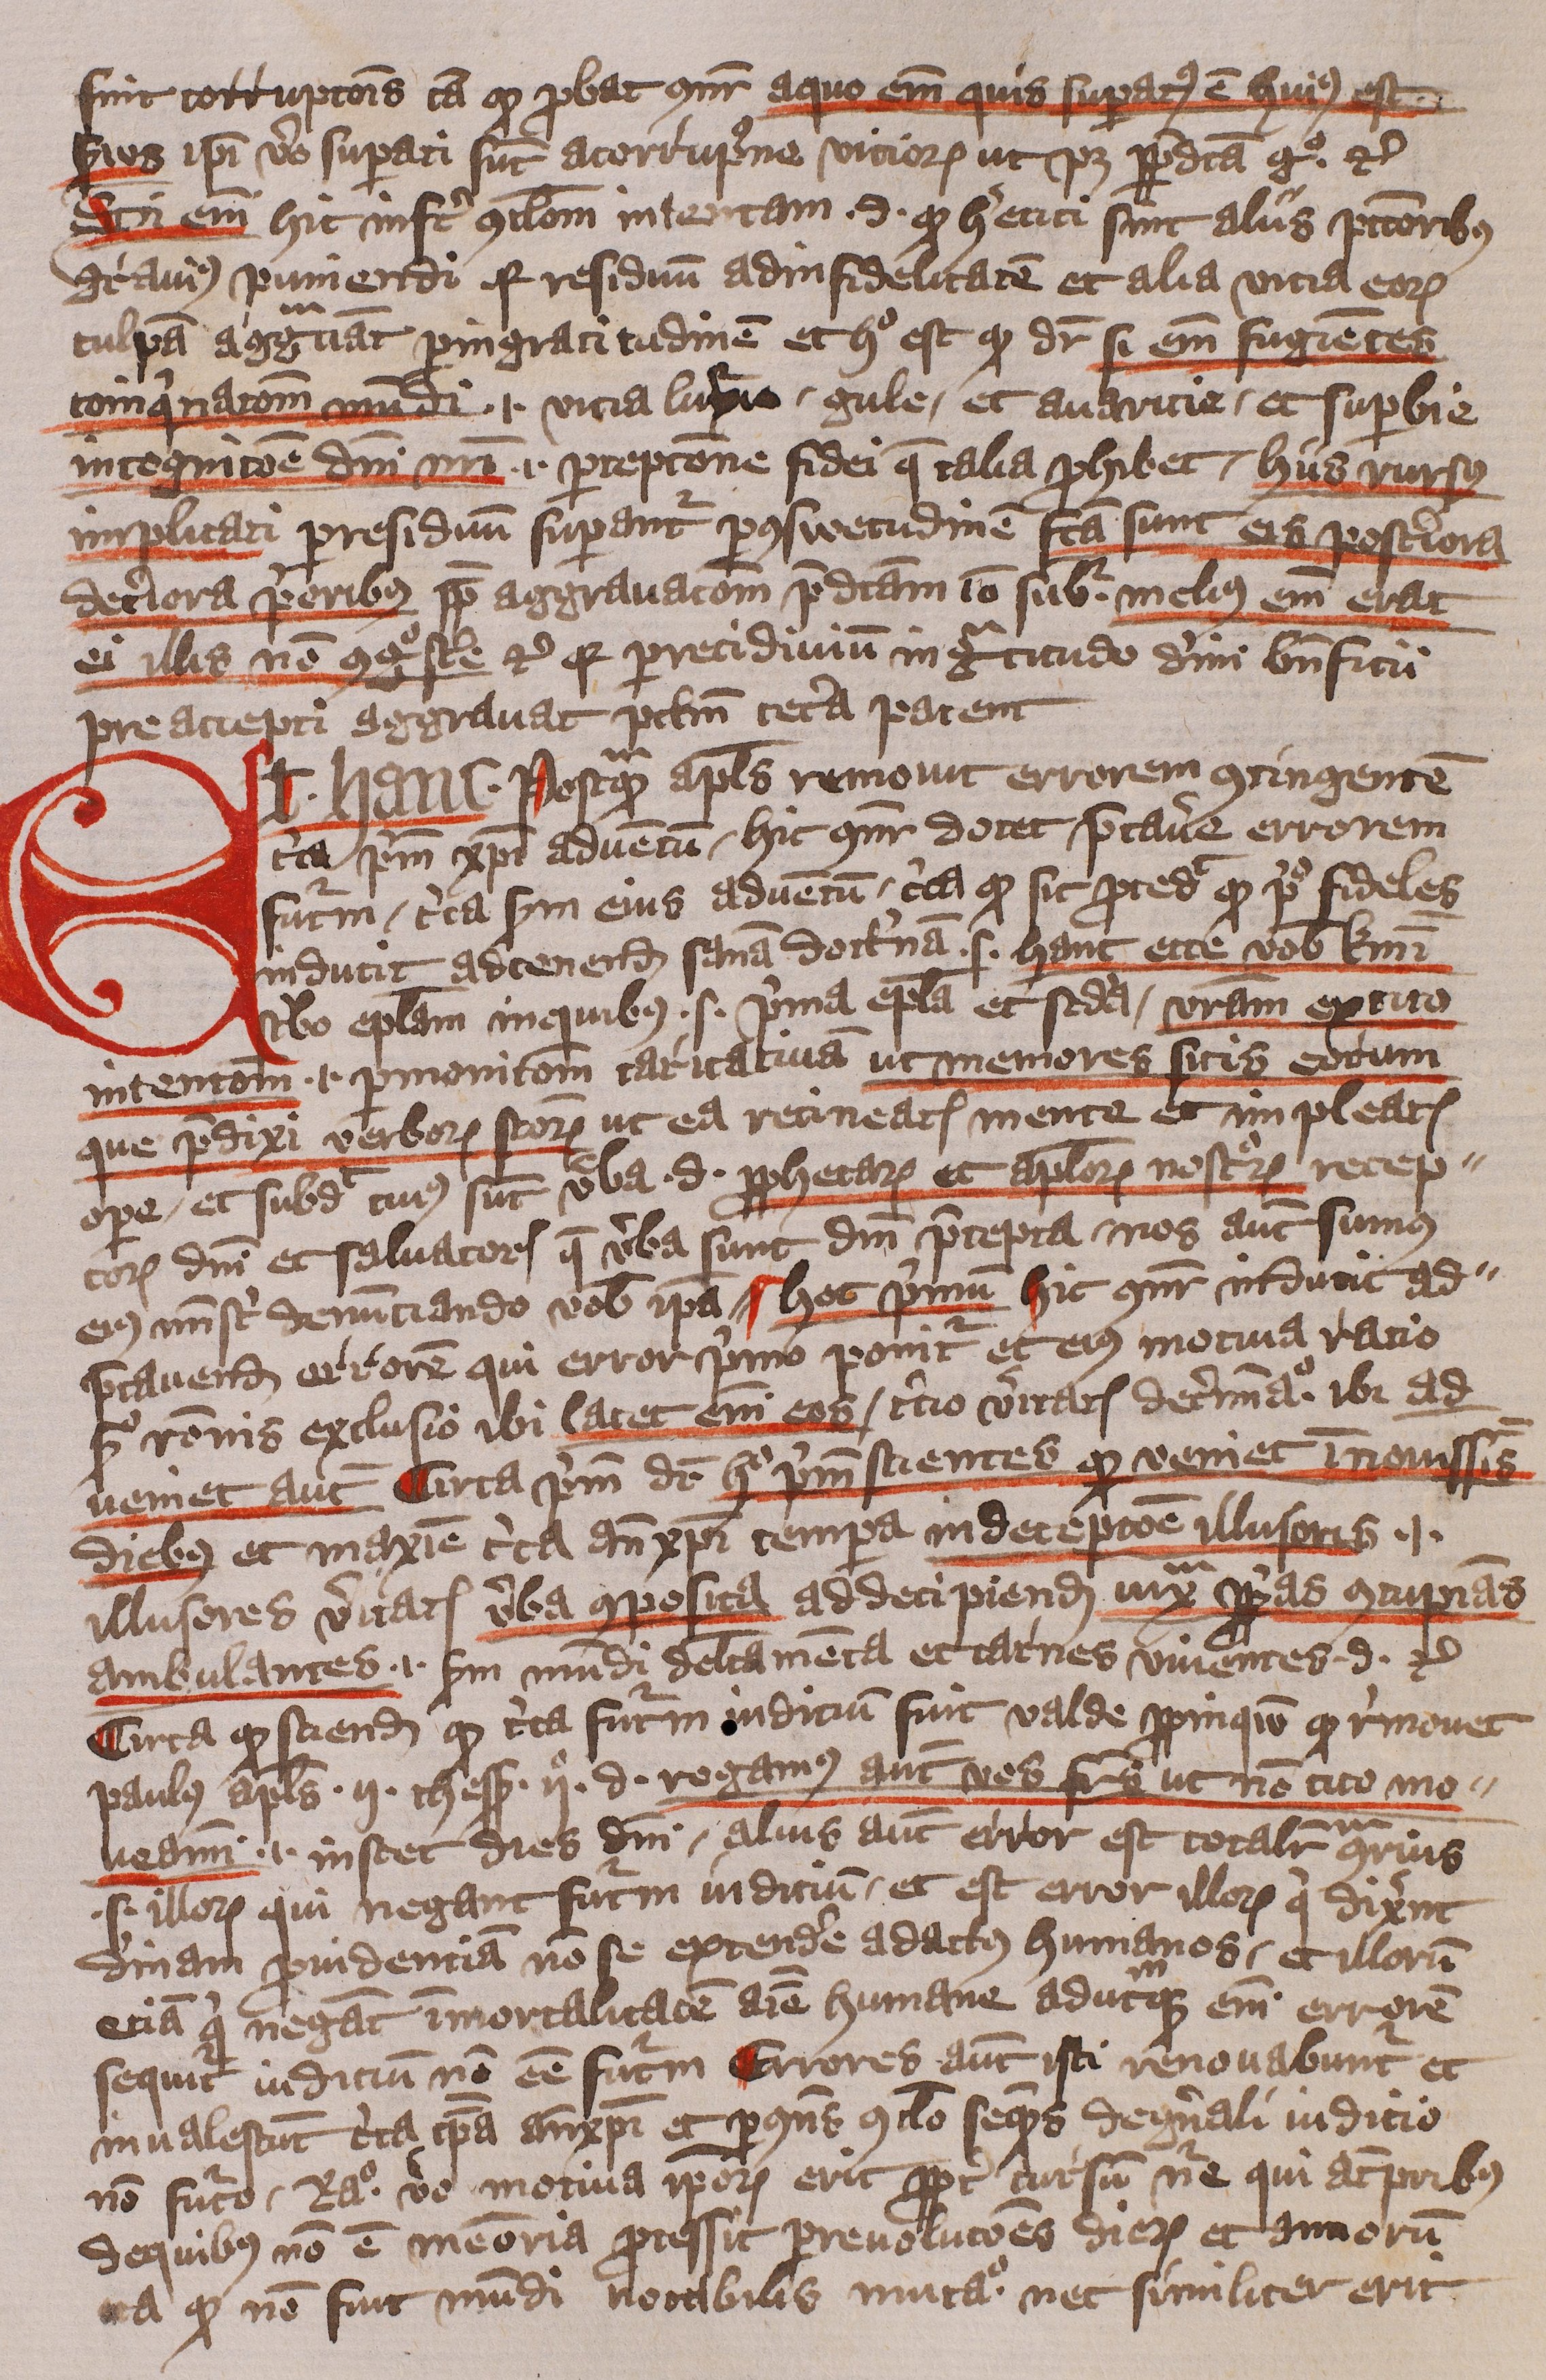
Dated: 1405–1407